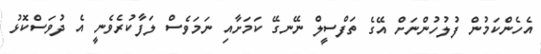
އެހެންކަމުން ފުލުހުންނަށް އޭގެ ތަފްސީލް ނޭނގޭ ކަމަށާއި ނަމަވެސް ލަފާކުރެެވެނީ އެ ދުވަސްކޮޅު